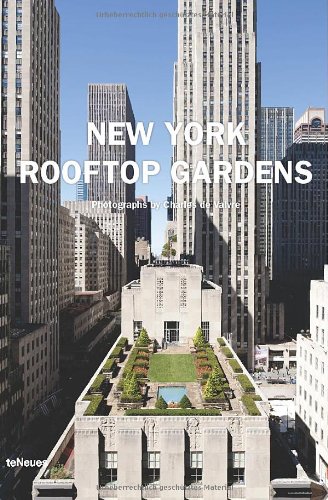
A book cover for New York Rooftop Gardens (English, German, French, Italian and Spanish Edition); Arts & Photography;